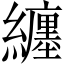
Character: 纏